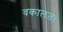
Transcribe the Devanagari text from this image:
वकालत।